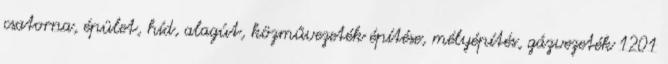
csatorna, épület, híd, alagút, közművezeték építése, mélyépítés, gázvezeték 1201